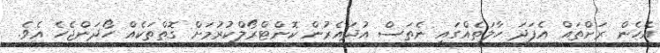
އެހެން ރަށްތައް އެފަދަ ހާލަތެއްގައި ނެތަސް އުދައެރުން ކޮންޓްރޯލްކުރުމަށް ގޮތްތަކެއް ހޯދަންޖެހެ އެވެ.